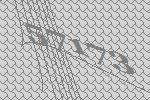
57173